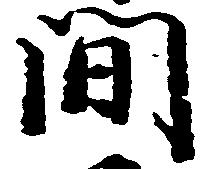
間